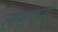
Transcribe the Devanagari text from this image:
लसकरी